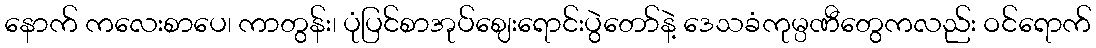
နောက် ကလေးစာပေ၊ ကာတွန်း၊ ပုံပြင်စာအုပ်ဈေးရောင်းပွဲတော်နဲ့ ဒေသခံကုမ္ပဏီတွေကလည်း ဝင်ရောက်